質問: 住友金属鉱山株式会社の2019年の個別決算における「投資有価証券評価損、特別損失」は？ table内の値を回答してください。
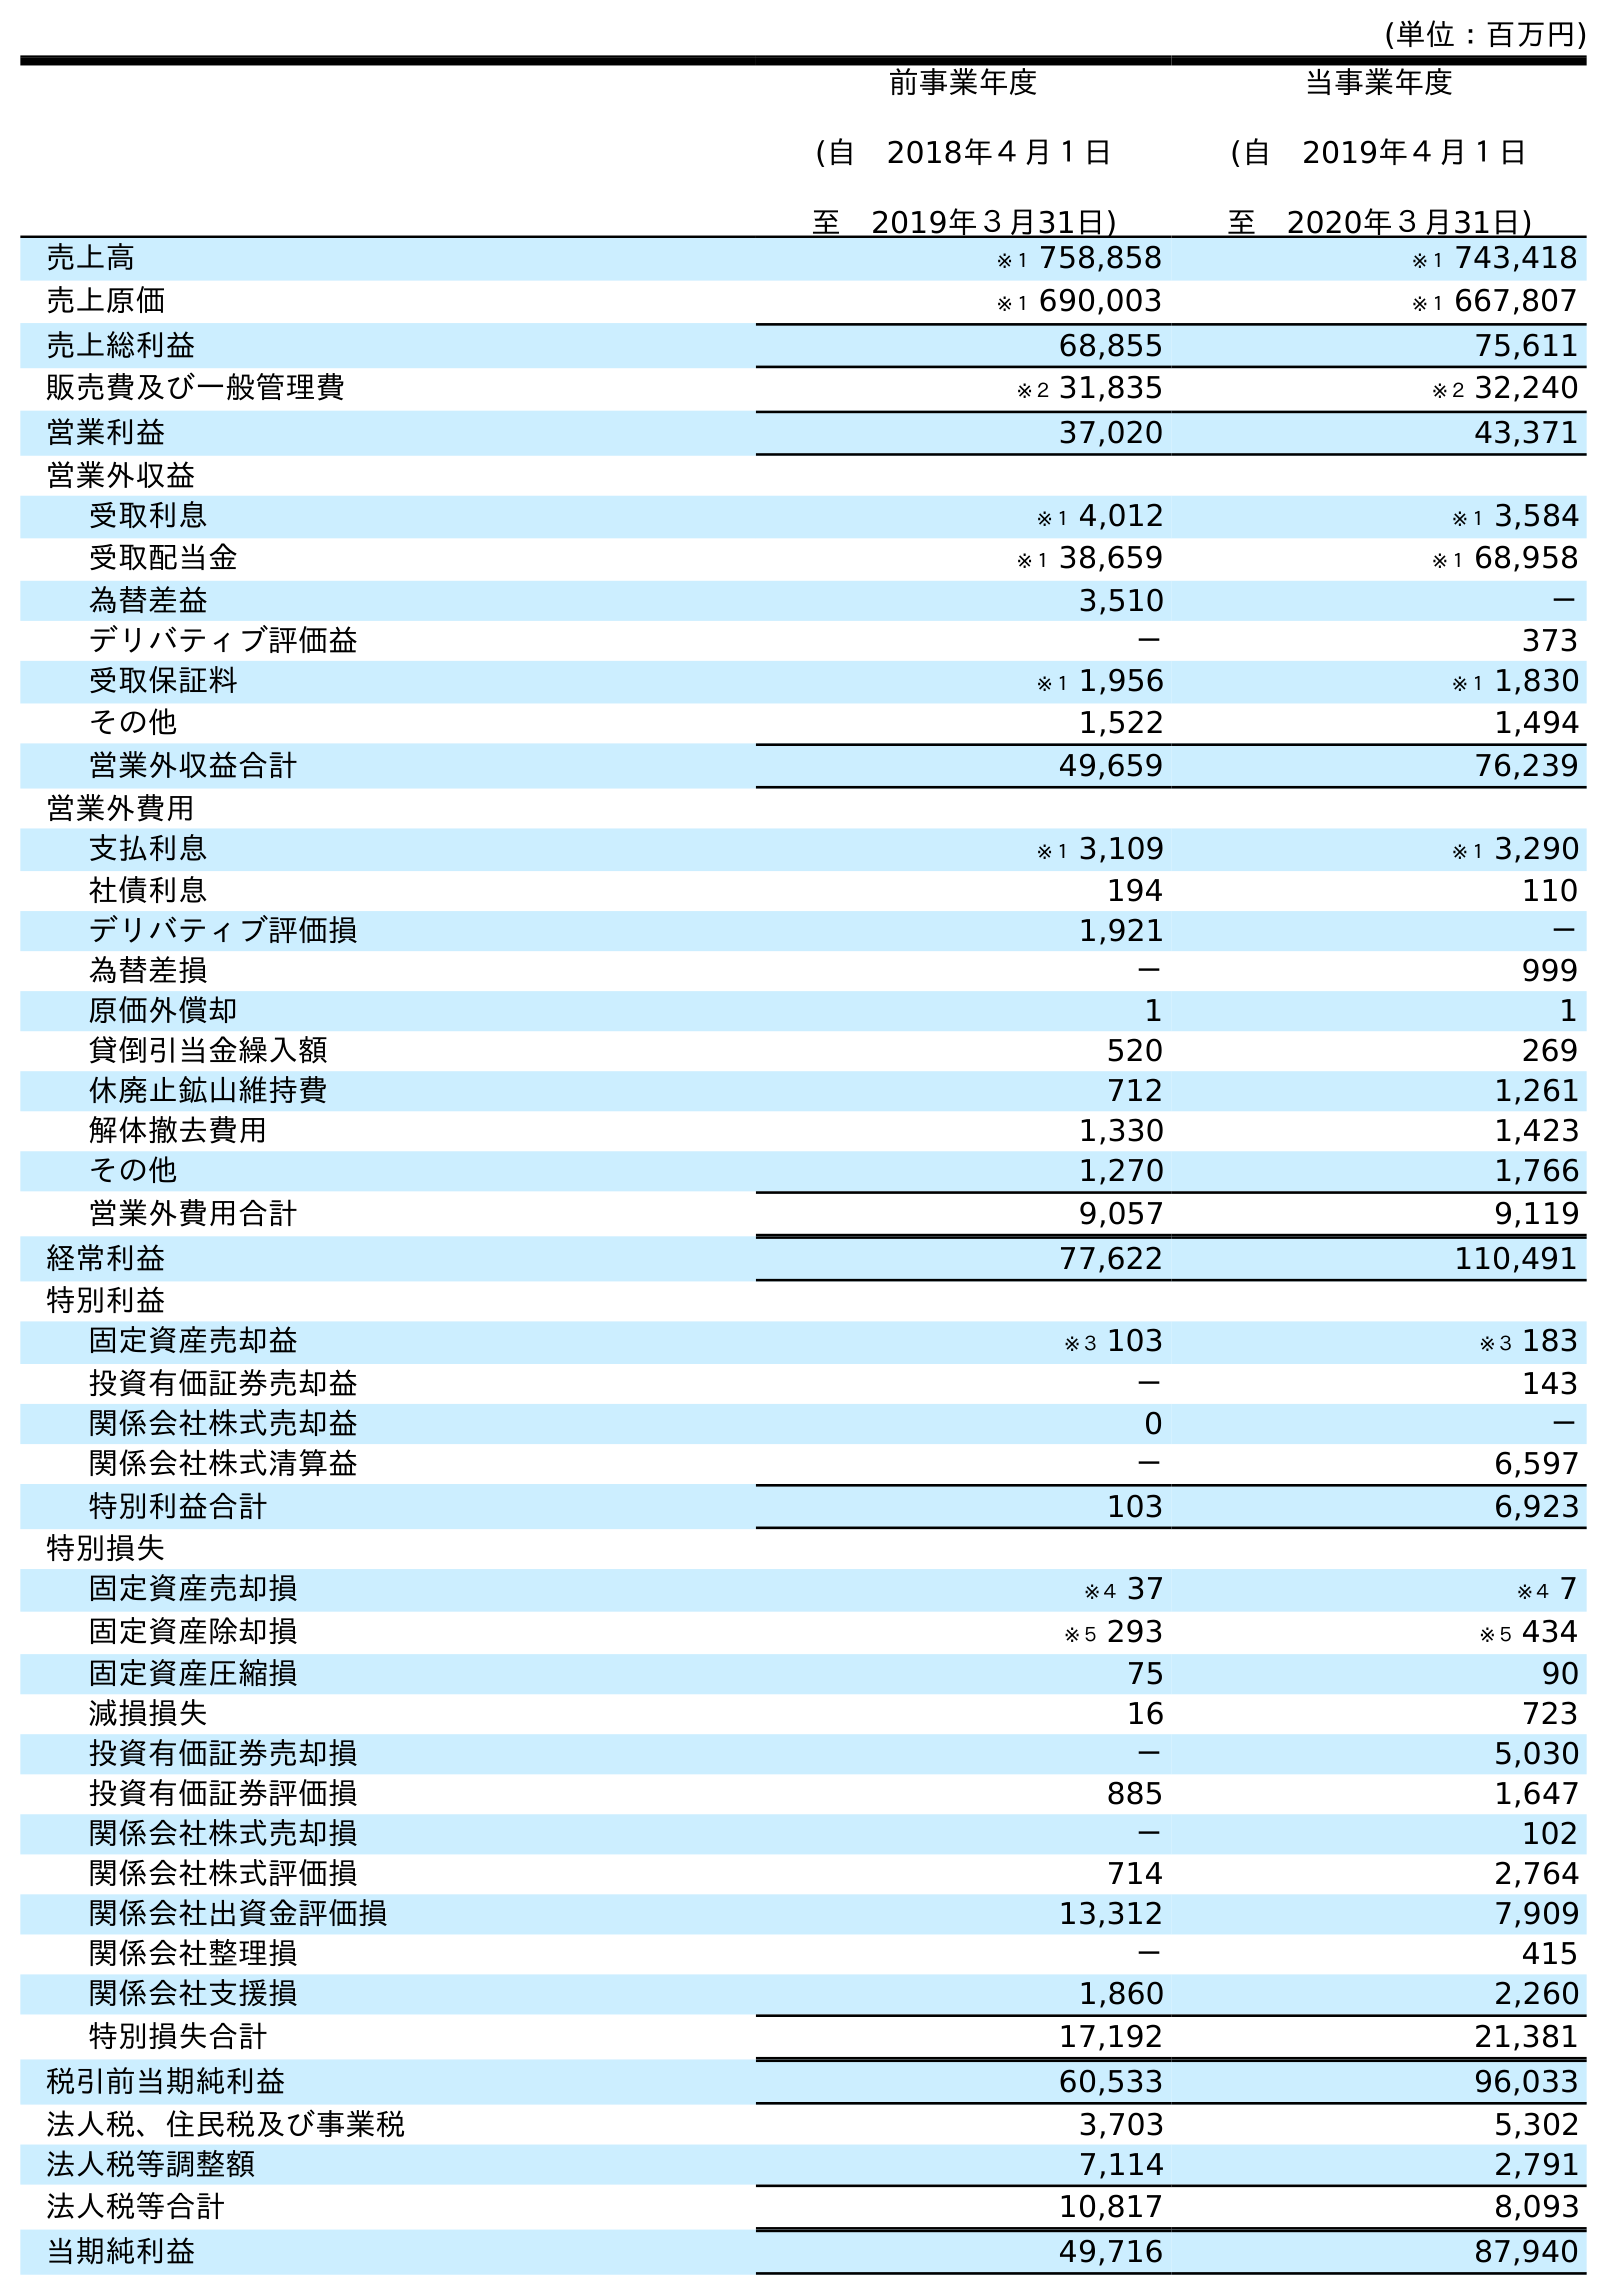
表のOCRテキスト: (単位：百万円) 前事業年度 (自 2018年４月１日 至 2019年３月31日) 当事業年度 (自 2019年４月１日 至 2020年３月31日) 売上高 ※１ 758,858 ※１ 743,418 売上原価 ※１ 690,003 ※１ 667,807 売上総利益 68,855 75,611 販売費及び一般管理費 ※２ 31,835 ※２ 32,240 営業利益 37,020 43,371 営業外収益 受取利息 ※１ 4,012 ※１ 3,584 受取配当金 ※１ 38,659 ※１ 68,958 為替差益 3,510 － デリバティブ評価益 － 373 受取保証料 ※１ 1,956 ※１ 1,830 その他 1,522 1,494 営業外収益合計 49,659 76,239 営業外費用 支払利息 ※１ 3,109 ※１ 3,290 社債利息 194 110 デリバティブ評価損 1,921 － 為替差損 － 999 原価外償却 1 1 貸倒引当金繰入額 520 269 休廃止鉱山維持費 712 1,261 解体撤去費用 1,330 1,423 その他 1,270 1,766 営業外費用合計 9,057 9,119 経常利益 77,622 110,491 特別利益 固定資産売却益 ※３ 103 ※３ 183 投資有価証券売却益 － 143 関係会社株式売却益 0 － 関係会社株式清算益 － 6,597 特別利益合計 103 6,923 特別損失 固定資産売却損 ※４ 37 ※４ 7 固定資産除却損 ※５ 293 ※５ 434 固定資産圧縮損 75 90 減損損失 16 723 投資有価証券売却損 － 5,030 投資有価証券評価損 885 1,647 関係会社株式売却損 － 102 関係会社株式評価損 714 2,764 関係会社出資金評価損 13,312 7,909 関係会社整理損 － 415 関係会社支援損 1,860 2,260 特別損失合計 17,192 21,381 税引前当期純利益 60,533 96,033 法人税、住民税及び事業税 3,703 5,302 法人税等調整額 7,114 2,791 法人税等合計 10,817 8,093 当期純利益 49,716 87,940
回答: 885